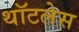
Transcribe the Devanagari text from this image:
थॉटलेस